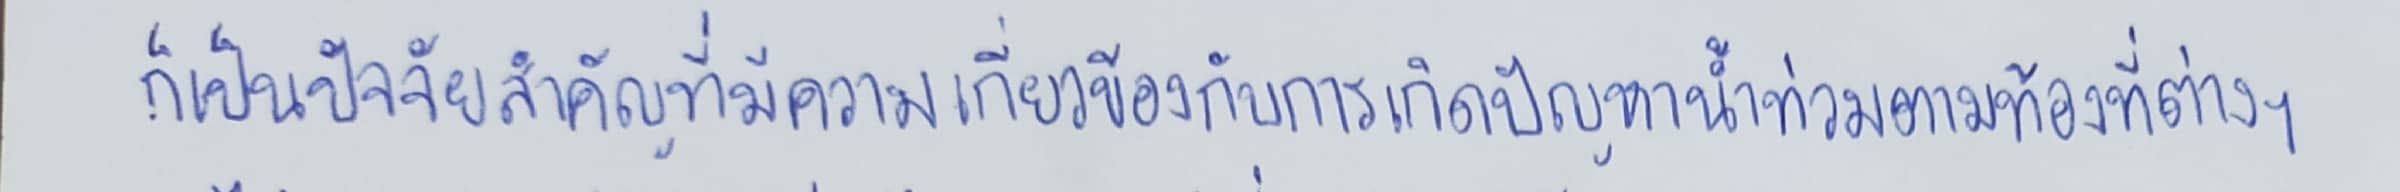
ก็เป็นปัจจัยสำคัญที่มีความเกี่ยวข้องกับการเกิดปัญหาน้ำท่วมตามท้องที่ต่างๆ